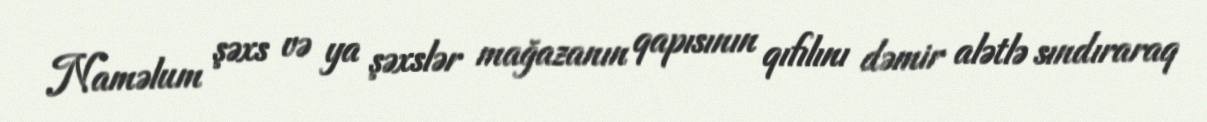
Naməlum şəxs və ya şəxslər mağazanın qapısının qıfılını dəmir alətlə sındıraraq